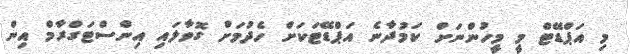
މި އަޕްޑޭޓް މީ މީހުންނަށް ކަމުދާނެ އަޕްޑޭޓަކަށް ހެދުމަށް ގޮވާލައި އިންސްޓަގްރާމް އިން